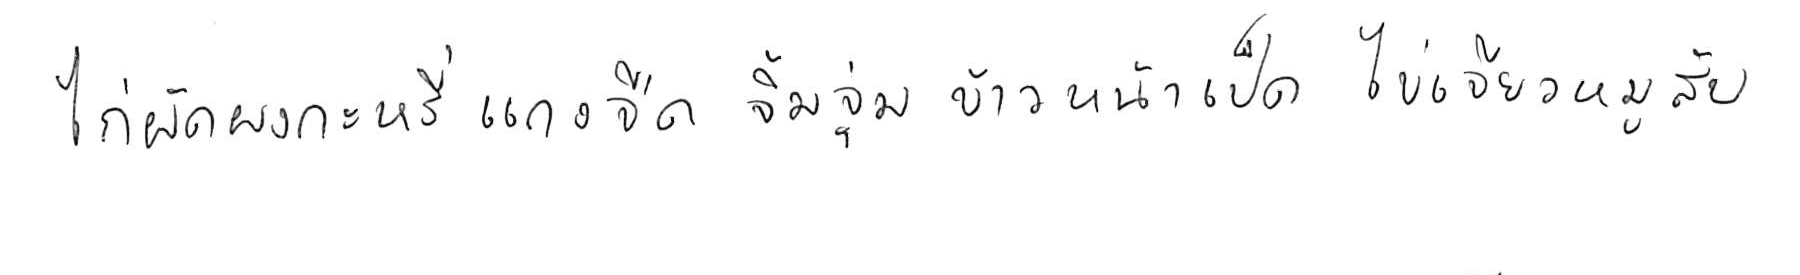
ไก่ผัดผงกะหรี่ แกงจืด จิ้มจุ่ม ข้าวหน้าเป็ด ไข่เจียวหมูสับ